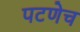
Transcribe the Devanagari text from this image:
पटणेच